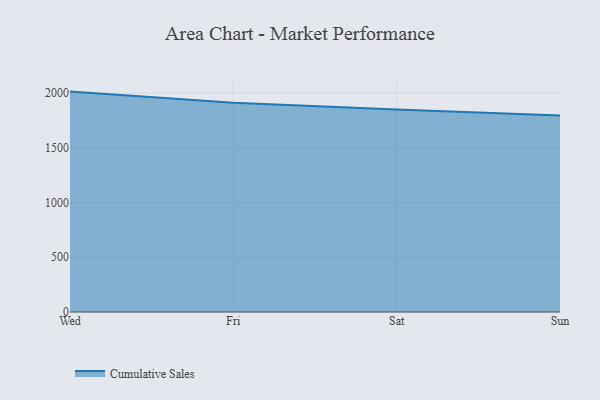
{"axis": {"x": "Day", "y": "Demand Index"}, "legend": ["Cumulative Sales"], "data": [{"x": "Wed", "y": 2013.7, "type": "Cumulative Sales"}, {"x": "Fri", "y": 1912.0, "type": "Cumulative Sales"}, {"x": "Sat", "y": 1850.5, "type": "Cumulative Sales"}, {"x": "Sun", "y": 1796.3, "type": "Cumulative Sales"}]}